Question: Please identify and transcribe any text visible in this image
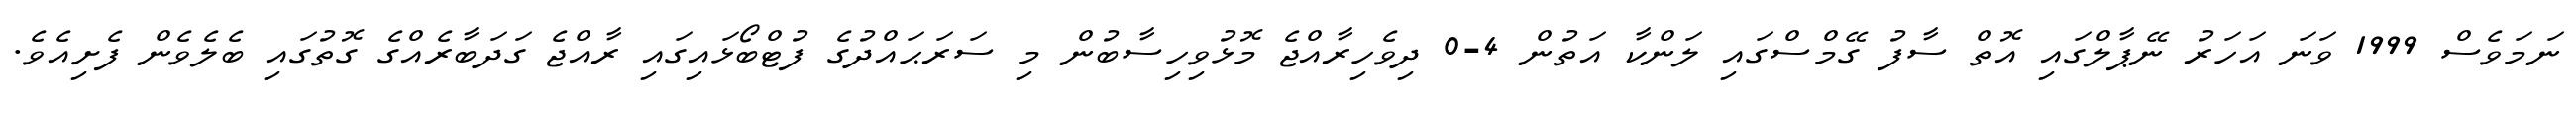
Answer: ނަމަވެސް 1999 ވަނަ އަހަރު ނޭޕާލްގައި އޮތް ސާފު ގޭމްސްގައި ލަންކާ އަތުން 4-0 ދިވެހިރާއްޖެ މޮޅުވިހިސާބުން މި ސަރަޙައްދުގެ ފުޓްބޯޅައިގައި ރާއްޖެ ގަދަބާރެއްގެ ގޮތުގައި ބެލެވެން ފެށިއެވެ.